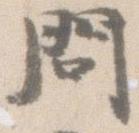
問